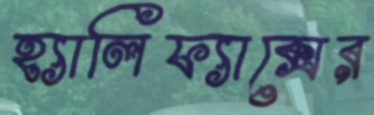
হ্যালিফ্যাক্সের